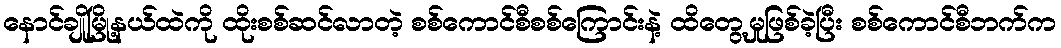
နောင်ချိုမြို့နယ်ထဲကို ထိုးစစ်ဆင်လာတဲ့ စစ်ကောင်စီစစ်ကြောင်းနဲ့ ထိတွေ့မှုဖြစ်ခဲ့ပြီး စစ်ကောင်စီဘက်က